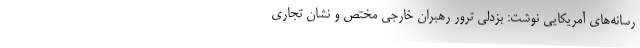
رسانه‌های آمریکایی نوشت: بزدلی ترور رهبران خارجی مختص و نشان تجاری